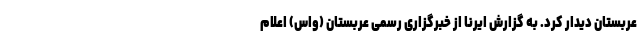
عربستان دیدار کرد. به گزارش ایرنا از خبرگزاری رسمی عربستان (واس) اعلام